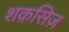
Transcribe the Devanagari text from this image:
शक़सिज़